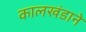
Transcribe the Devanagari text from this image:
कालखंडाने